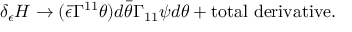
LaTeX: \delta _ { \epsilon } { \cal H } \rightarrow ( \bar { \epsilon } \Gamma ^ { 1 1 } \theta ) d \bar { \theta } \Gamma _ { 1 1 } \psi d \theta + \mathrm { t o t a l \, \, d e r i v a t i v e } .